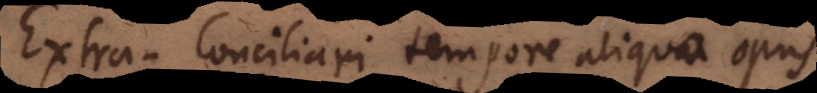
Extra‐Conciliari tempore aliqua opus